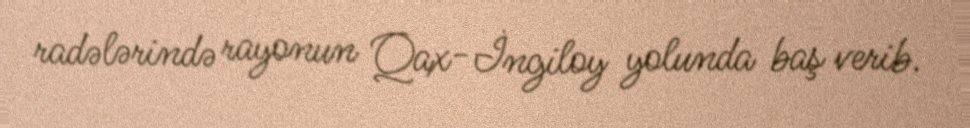
radələrində rayonun Qax-İngiloy yolunda baş verib.